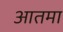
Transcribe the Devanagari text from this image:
आतमा